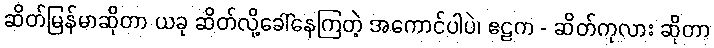
ဆိတ်မြန်မာဆိုတာ ယခု ဆိတ်လို့ခေါ်နေကြတဲ့ အကောင်ပါပဲ၊ ဧဠက - ဆိတ်ကုလား ဆိုတာ